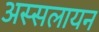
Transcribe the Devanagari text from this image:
अस्सलायन